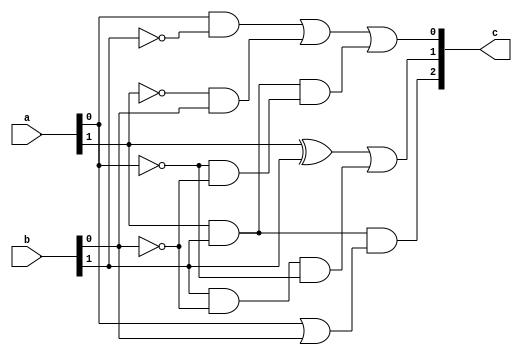
`timescale 1ns / 1ps

module hipotenus(
    input [1:0] a,
    input [1:0] b,
    output [2:0] c
    );
    
    wire nA0, nA1, nB0, nB1;
    wire a0andNB1, a0andB1, b1andNB0andNA0;
    wire b1andA1, nA0andNB0, a0andB0;
    wire comp2, comp3, a1andB1;
    wire a1xorB1;
    wire nA1andB0;
            
    not (nA0, a[0]);
    not (nA1, a[1]);
    not (nB0, b[0]);
    not (nB1, b[1]);
      
    and (a0andNB1, a[0], nB1);
    and (nA1andB0, nA1, b[0]);
    and (b1andA1, a[1], b[1]);
    and (nA0andNB0, nA0, nB0);
    and (comp2, b1andA1, nA0andNB0);
    or (c[0], a0andNB1, nA1andB0, comp2);
    
    xor (a1xorB1, a[1], b[1]);
    and (b1andNB0andNA0, b[1], nB0, nA0);
    or (c[1], a1xorB1, b1andNB0andNA0); 
    
    and (a1andB1, a[1], b[1]);
    or (a0andB0, a[0], b[0]);
    and (c[2], a1andB1, a0andB0);
    
endmodule